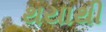
થયાથી